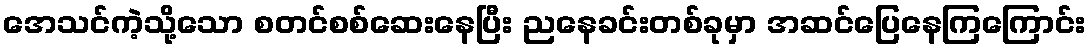
အေသင်ကဲ့သို့သော စတင်စစ်ဆေးနေပြီး ညနေခင်းတစ်ခုမှာ အဆင်ပြေနေကြကြောင်း